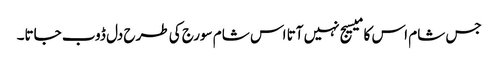
جس شام اس کا میسیج نہیں آتا اس شام سورج کی طرح دل ڈوب جاتا۔